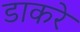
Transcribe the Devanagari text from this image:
डाकरे